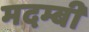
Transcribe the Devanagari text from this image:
मदम्बी